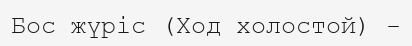
Бос жүріс (Ход холостой) -